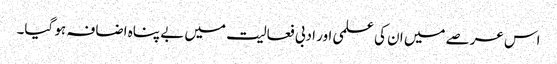
اس عرصے میں ان کی علمی اور ادبی فعالیت میں بے پناہ اضافہ ہو گیا۔